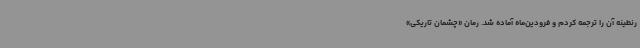
رنطینه آن را ترجمه کردم و فرودین‌ماه آماده شد. رمان «چشمان تاریکی»